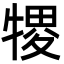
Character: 㹄